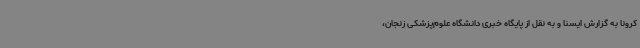
کرونا به گزارش ایسنا و به نقل از پایگاه خبری دانشگاه علوم‌پزشکی زنجان،